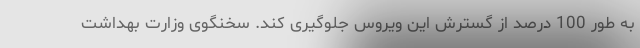
به طور 100 درصد از گسترش این ویروس جلوگیری کند. سخنگوی وزارت بهداشت